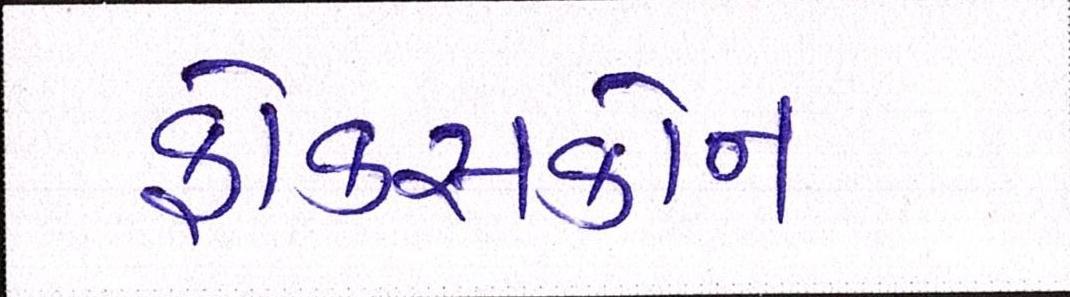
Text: ફોક્સકોન